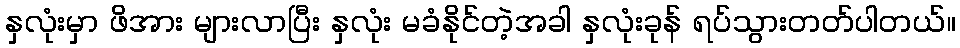
နှလုံးမှာ ဖိအား များလာပြီး နှလုံး မခံနိုင်တဲ့အခါ နှလုံးခုန် ရပ်သွားတတ်ပါတယ်။